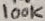
Text: 100K